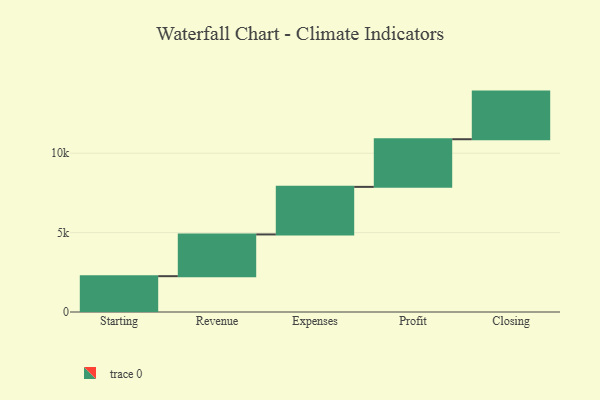
{"axis": {"x": "Step", "y": "Value"}, "legend": [""], "data": [{"x": "Starting", "y": 2256.0, "type": ""}, {"x": "Revenue", "y": 2629.0, "type": ""}, {"x": "Expenses", "y": 2996.0, "type": ""}, {"x": "Profit", "y": 3000, "type": ""}, {"x": "Closing", "y": 3000, "type": ""}]}